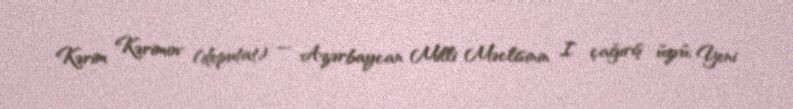
Kərim Kərimov (deputat) — Azərbaycan Milli Məclisinin I çağırış üzvü; Yeni